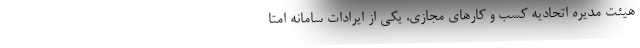
هیئت مدیره اتحادیه کسب و کارهای مجازی، یکی از ایرادات سامانه امتا